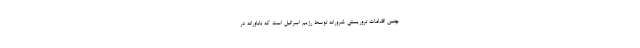
چنین اقدامات تروریستی شرورانه توسط رژیم اسرائیل است که ناباورانه در